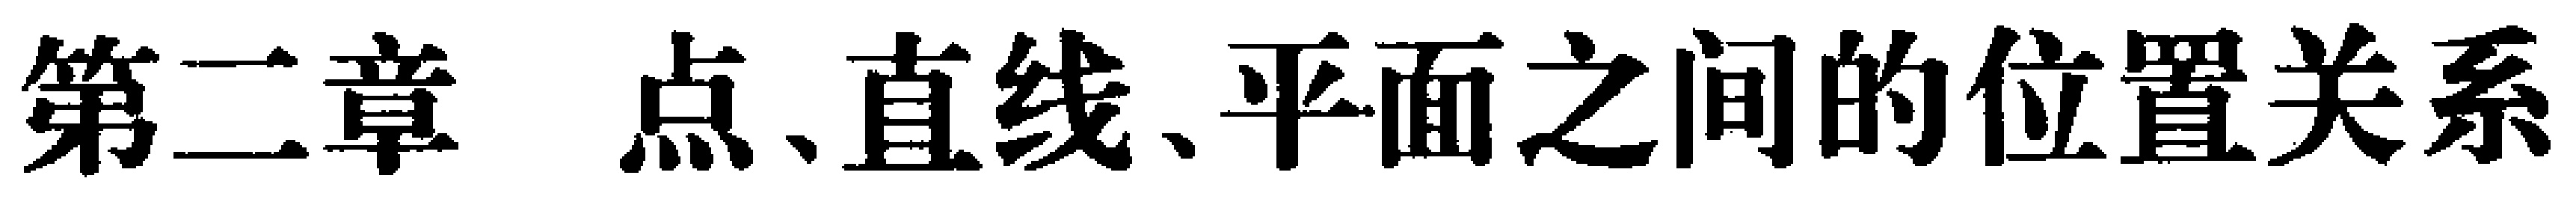
第二章 点、直线、平面之间的位置关系